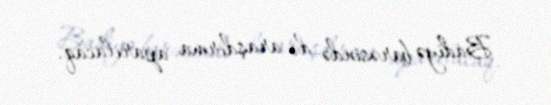
Badiyə barəsində də araşdırma aparılacaq.